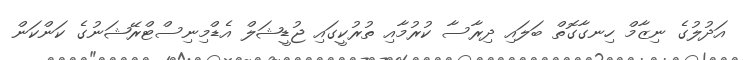
އަދުލުގެ ނިޒާމް ހިނގާގޮތް ބަލައި ދިރާސާ ކުރުމާއި ތުރުކީގައި ޖުޑީޝަލް އެޑްމިނިސްޓްރޭޝަނުގެ ކަންކަން